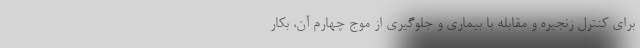
برای کنترل زنجیره و مقابله با بیماری و جلوگیری از موج چهارم آن، بکار